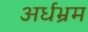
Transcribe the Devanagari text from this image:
अर्धभ्रम